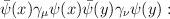
LaTeX: \begin{align*}\bar{\psi}(x)\gamma _{\mu }\psi (x)\bar{\psi}(y)\gamma _{\nu }\psi (y): \\ \end{align*}